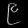
Digit: ၉